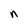
Character: n